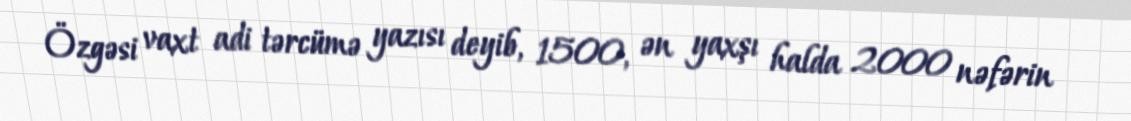
Özgəsi vaxt adi tərcümə yazısı deyib, 1500, ən yaxşı halda 2000 nəfərin